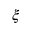
\xi